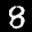
Label: 8